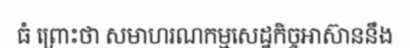
ធំ ព្រោះថា សមាហរណកម្មសេដ្ឋកិច្ចអាស៊ាននឹង